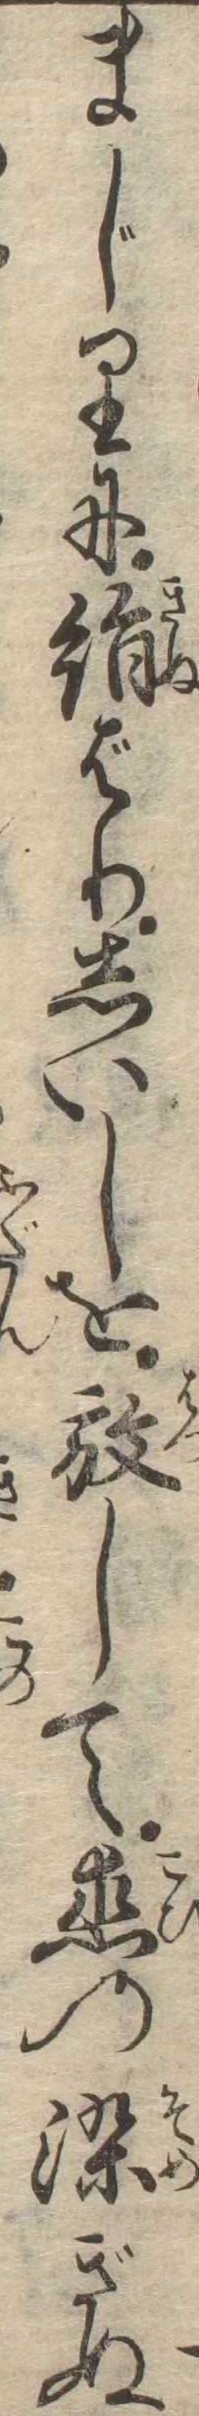
まじりに絹ばりしいしを放して恋の染ぎぬ